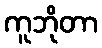
ကူဘိုတာ